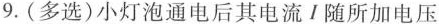
9.(多选)小灯泡通电后其电流I随所加电压